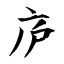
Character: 庐